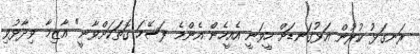
ރަނގަޅު ކުރުން އަޅުގަނޑަށް ހީވަނީ އެއީހެން އެންމެ ފަސޭހަ ގޮތަކަށްވާނީ" އާޒިމާ ވިދާޅުވި